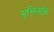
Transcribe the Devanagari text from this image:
मुक्तिचौक